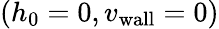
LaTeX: (h_{0}=0,{v_{\mathrm{wall}}}=0)